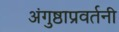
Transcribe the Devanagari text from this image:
अंगुष्ठाप्रवर्तनी